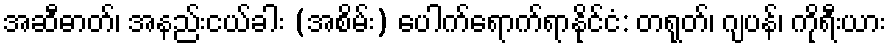
အဆီဓာတ်၊ အနည်းငယ်ခါး (အစိမ်း) ပေါက်ရောက်ရာနိုင်ငံ: တရုတ်၊ ဂျပန်၊ ကိုရီးယား